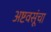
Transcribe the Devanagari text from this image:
अष्टवसूंचा